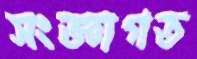
সংজ্ঞাগত